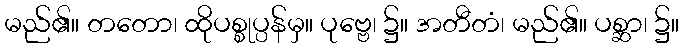
မည်၏။ တတော၊ ထိုပစ္စုပ္ပန်မှ။ ပုဗ္ဗေ၊ ၌။ အတီတံ၊ မည်၏။ ပစ္ဆာ၊ ၌။